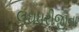
લઘધરીજીના